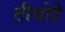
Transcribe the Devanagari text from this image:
टीयोटे